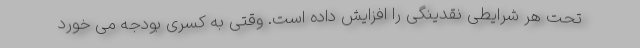
تحت هر شرایطی نقدینگی را افزایش داده است. وقتی به کسری بودجه می خورد